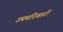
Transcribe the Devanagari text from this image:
उपपरिवारों